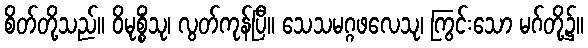
စိတ်တို့သည်။ ဝိမုစ္စိံသု၊ လွတ်ကုန်ပြီ။ သေသမဂ္ဂဖလေသု၊ ကြွင်းသော မဂ်တို့၌။